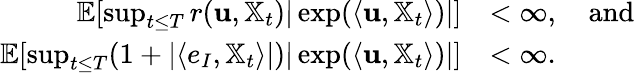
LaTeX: \begin{array}{rl}{\mathbb{E}[\operatorname*{sup}_{t\leq T}r(\mathbf{u},\mathbb{X}_{t})|\exp(\langle{\mathbf u},{{\mathbb X}_{t}}\rangle)|]}&{<\infty,\quad\mathrm{and}}\\ {\mathbb{E}[\operatorname*{sup}_{t\leq T}(1+|\langle e_{I},{\mathbb X}_{t}\rangle|)|\exp(\langle{\mathbf u},{{\mathbb X}_{t}}\rangle)|]}&{<\infty.}\end{array}